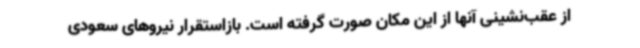
از عقب‌نشینی آنها از این مکان صورت گرفته است. بازاستقرار نیروهای سعودی